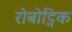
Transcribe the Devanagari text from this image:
रोबोट्निक